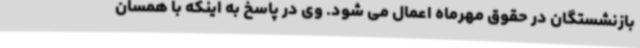
بازنشستگان در حقوق مهرماه اعمال می شود. وی در پاسخ به اینکه با همسان